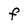
Character: f